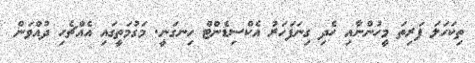
ތިކަހަލަ ފަރިތަ މީހުންނާއި ހެދި ގިނަފަހަރު އެކްސިޑެންޓް ހިނގަނީ. މަގުމަތީގައި އެއްޗެހި ދުއްވަން